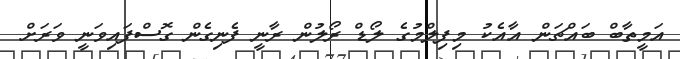
އަމީތާބް ބައްޗަން އާއެކު މިފިލްމުގެ ލޯޑް ރޯލުން ރާނީ ފެނިގެން ގޮސްފައިވަނީ ވަރަށް